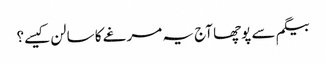
بیگم سے پوچھا آج یہ مرغے کا سالن کیسے؟